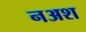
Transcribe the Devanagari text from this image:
नअश